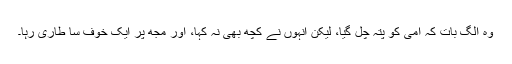
وہ الگ بات کہ امی کو پتہ چل گیا، لیکن انہوں نے کچھ بھی نہ کہا، اور مجھ پر ایک خوف سا طاری رہا۔